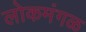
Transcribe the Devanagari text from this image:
लोकमंगळ